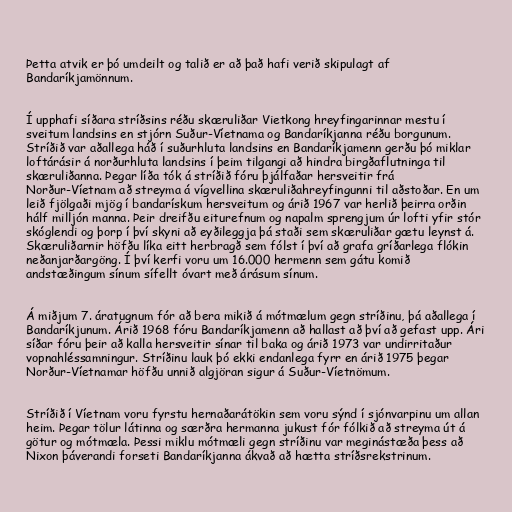
Þetta atvik er þó umdeilt og talið er að það hafi verið skipulagt af
Bandaríkjamönnum.

Í upphafi síðara stríðsins réðu skæruliðar Vietkong hreyfingarinnar mestu í
sveitum landsins en stjórn Suður-Víetnama og Bandaríkjanna réðu borgunum.
Stríðið var aðallega háð í suðurhluta landsins en Bandaríkjamenn gerðu þó miklar
loftárásir á norðurhluta landsins í þeim tilgangi að hindra birgðaflutninga til
skæruliðanna. Þegar líða tók á stríðið fóru þjálfaðar hersveitir frá
Norður-Víetnam að streyma á vígvellina skæruliðahreyfingunni til aðstoðar. En um
leið fjölgaði mjög í bandarískum hersveitum og árið 1967 var herlið þeirra orðin
hálf milljón manna. Þeir dreifðu eiturefnum og napalm sprengjum úr lofti yfir stór
skóglendi og þorp í því skyni að eyðileggja þá staði sem skæruliðar gætu leynst á.
Skæruliðarnir höfðu líka eitt herbragð sem fólst í því að grafa gríðarlega flókin
neðanjarðargöng. Í því kerfi voru um 16.000 hermenn sem gátu komið
andstæðingum sínum sífellt óvart með árásum sínum.

Á miðjum 7. áratugnum fór að bera mikið á mótmælum gegn stríðinu, þá aðallega í
Bandaríkjunum. Árið 1968 fóru Bandaríkjamenn að hallast að því að gefast upp. Ári
síðar fóru þeir að kalla hersveitir sínar til baka og árið 1973 var undirritaður
vopnahléssamningur. Stríðinu lauk þó ekki endanlega fyrr en árið 1975 þegar
Norður-Víetnamar höfðu unnið algjöran sigur á Suður-Víetnömum.

Stríðið í Víetnam voru fyrstu hernaðarátökin sem voru sýnd í sjónvarpinu um allan
heim. Þegar tölur látinna og særðra hermanna jukust fór fólkið að streyma út á
götur og mótmæla. Þessi miklu mótmæli gegn stríðinu var meginástæða þess að
Nixon þáverandi forseti Bandaríkjanna ákvað að hætta stríðsrekstrinum.